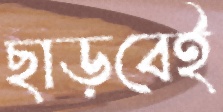
ছাড়বেই